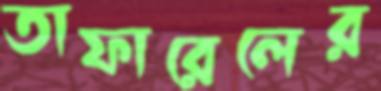
তাফারেলের